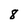
Character: 8